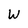
Character: w